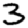
Digit: 3